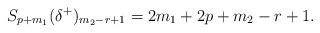
LaTeX: \begin{align*}S_{p+m_1}(\delta^+)_{m_2-r+1}=2m_1+2p+m_2-r+1.\end{align*}